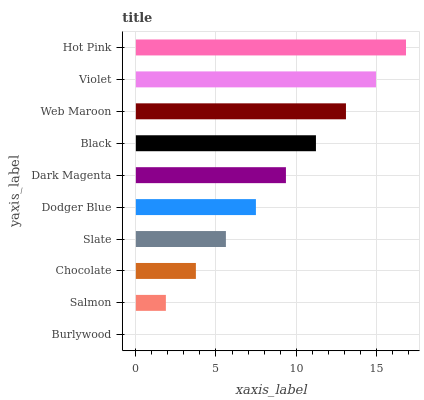
| yaxis_label | bars |
 | --- | --- |
 | Burlywood | 0 |
 | Salmon | 1.87 |
 | Chocolate | 3.75 |
 | Slate | 5.62 |
 | Dodger Blue | 7.49 |
 | Dark Magenta | 9.37 |
 | Black | 11.2 |
 | Web Maroon | 13.1 |
 | Violet | 15 |
 | Hot Pink | 16.9 |